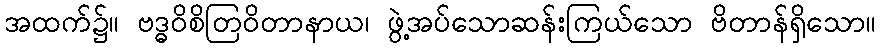
အထက်၌။ ဗဒ္ဓဝိစိတြဝိတာနာယ၊ ဖွဲ့အပ်သောဆန်းကြယ်သော ဗိတာန်ရှိသော။